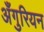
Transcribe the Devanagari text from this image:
अँगुरियन